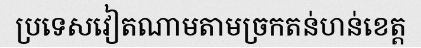
ប្រទេសវៀតណាមតាមច្រកតន់ហន់ខេត្ត